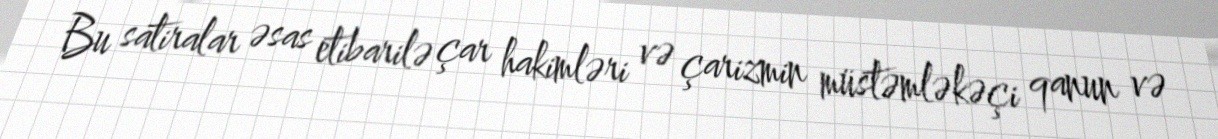
Bu satiralar əsas etibarilə çar hakimləri və çarizmin müstəmləkəçi qanun və